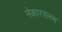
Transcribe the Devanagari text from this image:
नेकारस्लम